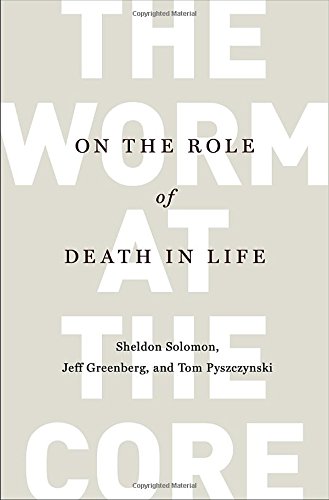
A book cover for The Worm at the Core: On the Role of Death in Life; Sheldon Solomon; Medical Books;